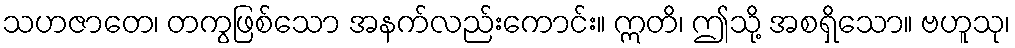
သဟဇာတေ၊ တကွဖြစ်သော အနက်လည်းကောင်း။ ဣတိ၊ ဤသို့ အစရှိသော။ ဗဟူသု၊